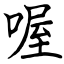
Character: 喔